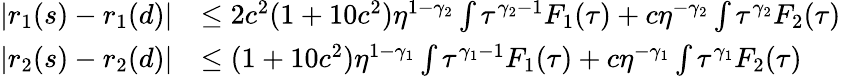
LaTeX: \begin{array}{rl}{\vert r_{1}(s)-r_{1}(d)\vert}&{\le 2c^{2}(1+10c^{2})\eta^{1-\gamma_{2}}\int\tau^{\gamma_{2}-1}F_{1}(\tau)+c\eta^{-\gamma_{2}}\int\tau^{\gamma_{2}}F_{2}(\tau)}\\ {\vert r_{2}(s)-r_{2}(d)\vert}&{\le(1+10c^{2})\eta^{1-\gamma_{1}}\int\tau^{\gamma_{1}-1}F_{1}(\tau)+c\eta^{-\gamma_{1}}\int\tau^{\gamma_{1}}F_{2}(\tau)}\end{array}